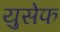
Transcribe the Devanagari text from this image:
युसेफ